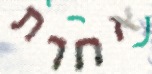
אחרת